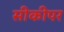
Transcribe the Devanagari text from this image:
सीकीपर